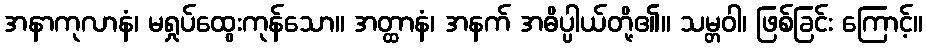
အနာကုလာနံ၊ မရှုပ်ထွေးကုန်သော။ အတ္ထာနံ၊ အနက် အဓိပ္ပါယ်တို့၏။ သမ္တဝါ၊ ဖြစ်ခြင်း ကြောင့်။